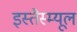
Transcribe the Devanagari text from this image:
इस्तैस्म्यूल